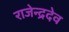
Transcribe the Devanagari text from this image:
राजेन्द्रदेव